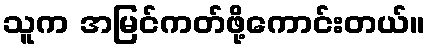
သူက အမြင်ကတ်ဖို့ကောင်းတယ်။